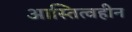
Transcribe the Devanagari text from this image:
आस्तित्वहीन